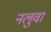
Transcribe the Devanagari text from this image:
नलुवा